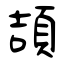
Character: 頡